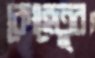
কোহেতুর